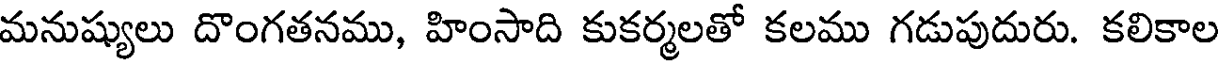
మనుష్యులు దొంగతనము, హింసాది కుకర్మలతో కలము గడుపుదురు. కలికాల